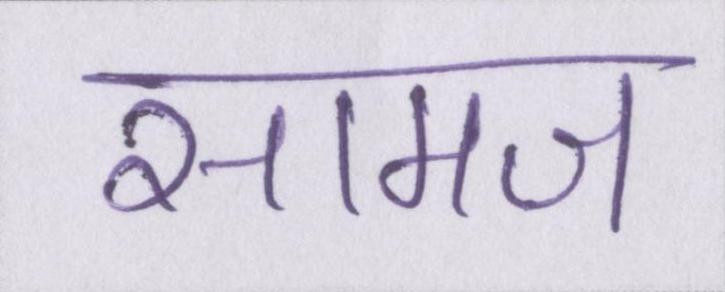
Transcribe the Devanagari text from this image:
सामज